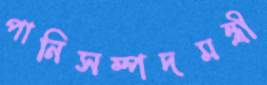
পানিসম্পদমন্ত্রী